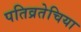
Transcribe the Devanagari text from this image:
पतिव्रतेचिया